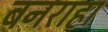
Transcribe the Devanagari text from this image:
बनराहा